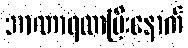
အာဏာရလာပြီးနောက်